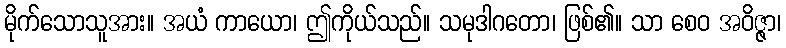
မိုက်သောသူအား။ အယံ ကာယော၊ ဤကိုယ်သည်။ သမုဒါဂတော၊ ဖြစ်၏။ သာ စေဝ အဝိဇ္ဇာ၊